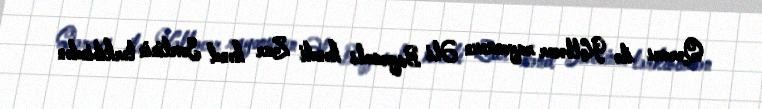
Qərarı ilə Kəlbəcər rayonunun Əli Bayramlı kəndi Zar kənd Sovetinin tərkibindən